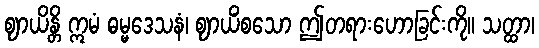
ဈာယိန္တိ ဣမံ ဓမ္မဒေသနံ၊ ဈာယိံစသော ဤတရားဟောခြင်းကို။ သတ္ထာ၊